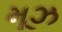
મૂઝ